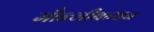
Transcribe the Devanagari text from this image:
मौन्जीबन्धन